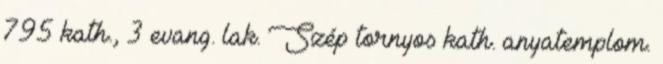
795 kath., 3 evang. lak. Szép tornyos kath. anyatemplom.